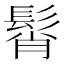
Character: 髾